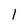
Character: l